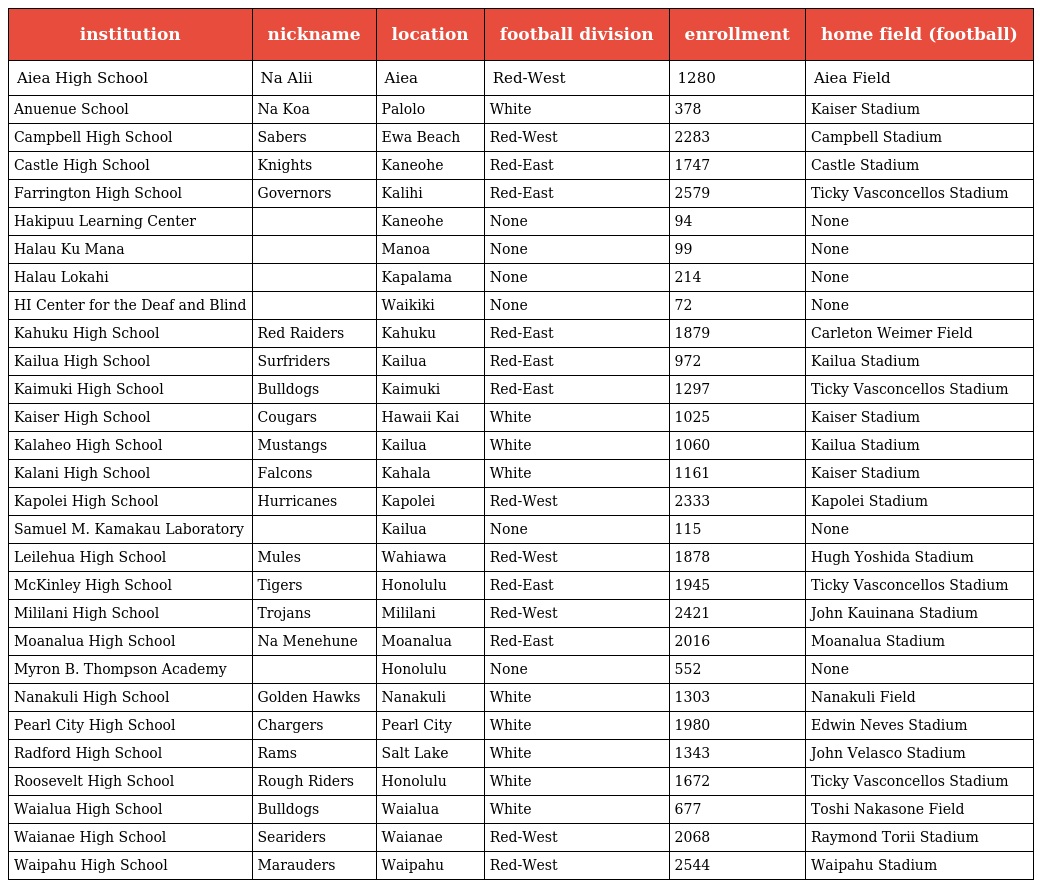
| institution | nickname | location | football division | enrollment | home field (football) |
 | --- | --- | --- | --- | --- | --- |
 | Aiea High School | Na Alii | Aiea | Red-West | 1280 | Aiea Field |
 | Anuenue School | Na Koa | Palolo | White | 378 | Kaiser Stadium |
 | Campbell High School | Sabers | Ewa Beach | Red-West | 2283 | Campbell Stadium |
 | Castle High School | Knights | Kaneohe | Red-East | 1747 | Castle Stadium |
 | Farrington High School | Governors | Kalihi | Red-East | 2579 | Ticky Vasconcellos Stadium |
 | Hakipuu Learning Center |  | Kaneohe | None | 94 | None |
 | Halau Ku Mana |  | Manoa | None | 99 | None |
 | Halau Lokahi |  | Kapalama | None | 214 | None |
 | HI Center for the Deaf and Blind |  | Waikiki | None | 72 | None |
 | Kahuku High School | Red Raiders | Kahuku | Red-East | 1879 | Carleton Weimer Field |
 | Kailua High School | Surfriders | Kailua | Red-East | 972 | Kailua Stadium |
 | Kaimuki High School | Bulldogs | Kaimuki | Red-East | 1297 | Ticky Vasconcellos Stadium |
 | Kaiser High School | Cougars | Hawaii Kai | White | 1025 | Kaiser Stadium |
 | Kalaheo High School | Mustangs | Kailua | White | 1060 | Kailua Stadium |
 | Kalani High School | Falcons | Kahala | White | 1161 | Kaiser Stadium |
 | Kapolei High School | Hurricanes | Kapolei | Red-West | 2333 | Kapolei Stadium |
 | Samuel M. Kamakau Laboratory |  | Kailua | None | 115 | None |
 | Leilehua High School | Mules | Wahiawa | Red-West | 1878 | Hugh Yoshida Stadium |
 | McKinley High School | Tigers | Honolulu | Red-East | 1945 | Ticky Vasconcellos Stadium |
 | Mililani High School | Trojans | Mililani | Red-West | 2421 | John Kauinana Stadium |
 | Moanalua High School | Na Menehune | Moanalua | Red-East | 2016 | Moanalua Stadium |
 | Myron B. Thompson Academy |  | Honolulu | None | 552 | None |
 | Nanakuli High School | Golden Hawks | Nanakuli | White | 1303 | Nanakuli Field |
 | Pearl City High School | Chargers | Pearl City | White | 1980 | Edwin Neves Stadium |
 | Radford High School | Rams | Salt Lake | White | 1343 | John Velasco Stadium |
 | Roosevelt High School | Rough Riders | Honolulu | White | 1672 | Ticky Vasconcellos Stadium |
 | Waialua High School | Bulldogs | Waialua | White | 677 | Toshi Nakasone Field |
 | Waianae High School | Seariders | Waianae | Red-West | 2068 | Raymond Torii Stadium |
 | Waipahu High School | Marauders | Waipahu | Red-West | 2544 | Waipahu Stadium |